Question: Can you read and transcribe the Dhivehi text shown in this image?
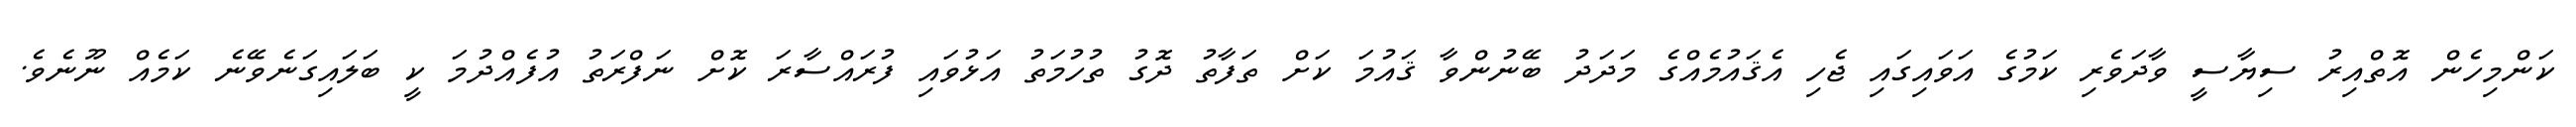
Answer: ކަންމިހެން އޮތްއިރު ސިޔާސީ ވާދަވެރި ކަމުގެ އަވައިގައި ޖެހި އެޤައުމެއްގެ މަދަދު ބޭނުންވާ ޤައުމަ ކަށް ތަފާތު ދޮގު ތުހުމަތު އަޅުވައި ފުރައްސާރަ ކޮށް ނަފްރަތު އުފެއްދުމަ ކީ ބަލައިގަނެވޭނެ ކަމެއް ނޫނެވެ.